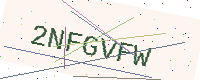
Text: 2NFGVFW